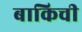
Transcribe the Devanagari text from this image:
बाकिची